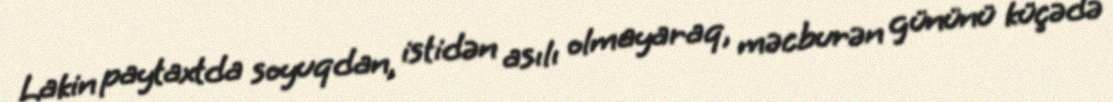
Lakin paytaxtda soyuqdan, istidən asılı olmayaraq, məcburən gününü küçədə